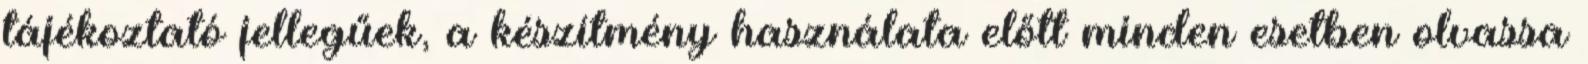
tájékoztató jellegűek, a készítmény használata előtt minden esetben olvassa